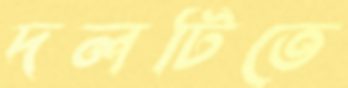
দলটিতে